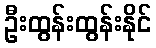
ဦးထွန်းထွန်းနိုင်